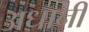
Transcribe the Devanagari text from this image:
अधानी